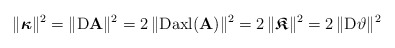
\begin{align*}\|\boldsymbol{\kappa}\|^2=\|{\rm D}\mathbf{A}\|^2=2\,\|{\rm D}{\rm axl}(\mathbf{A}) \|^2=2\,\|\boldsymbol{\mathfrak{K}}\|^2&=2\,\|{\rm D} \vartheta\|^2\end{align*}